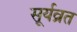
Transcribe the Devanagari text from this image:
सूर्यव्रत